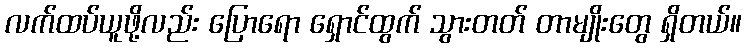
လက်ထပ်ယူဖို့လည်း ပြောရော ရှောင်ထွက် သွားတတ် တာမျိုးတွေ ရှိတယ်။